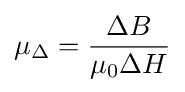
\mu _{\Delta }={\frac {\Delta B}{\mu _{0}\Delta H}}